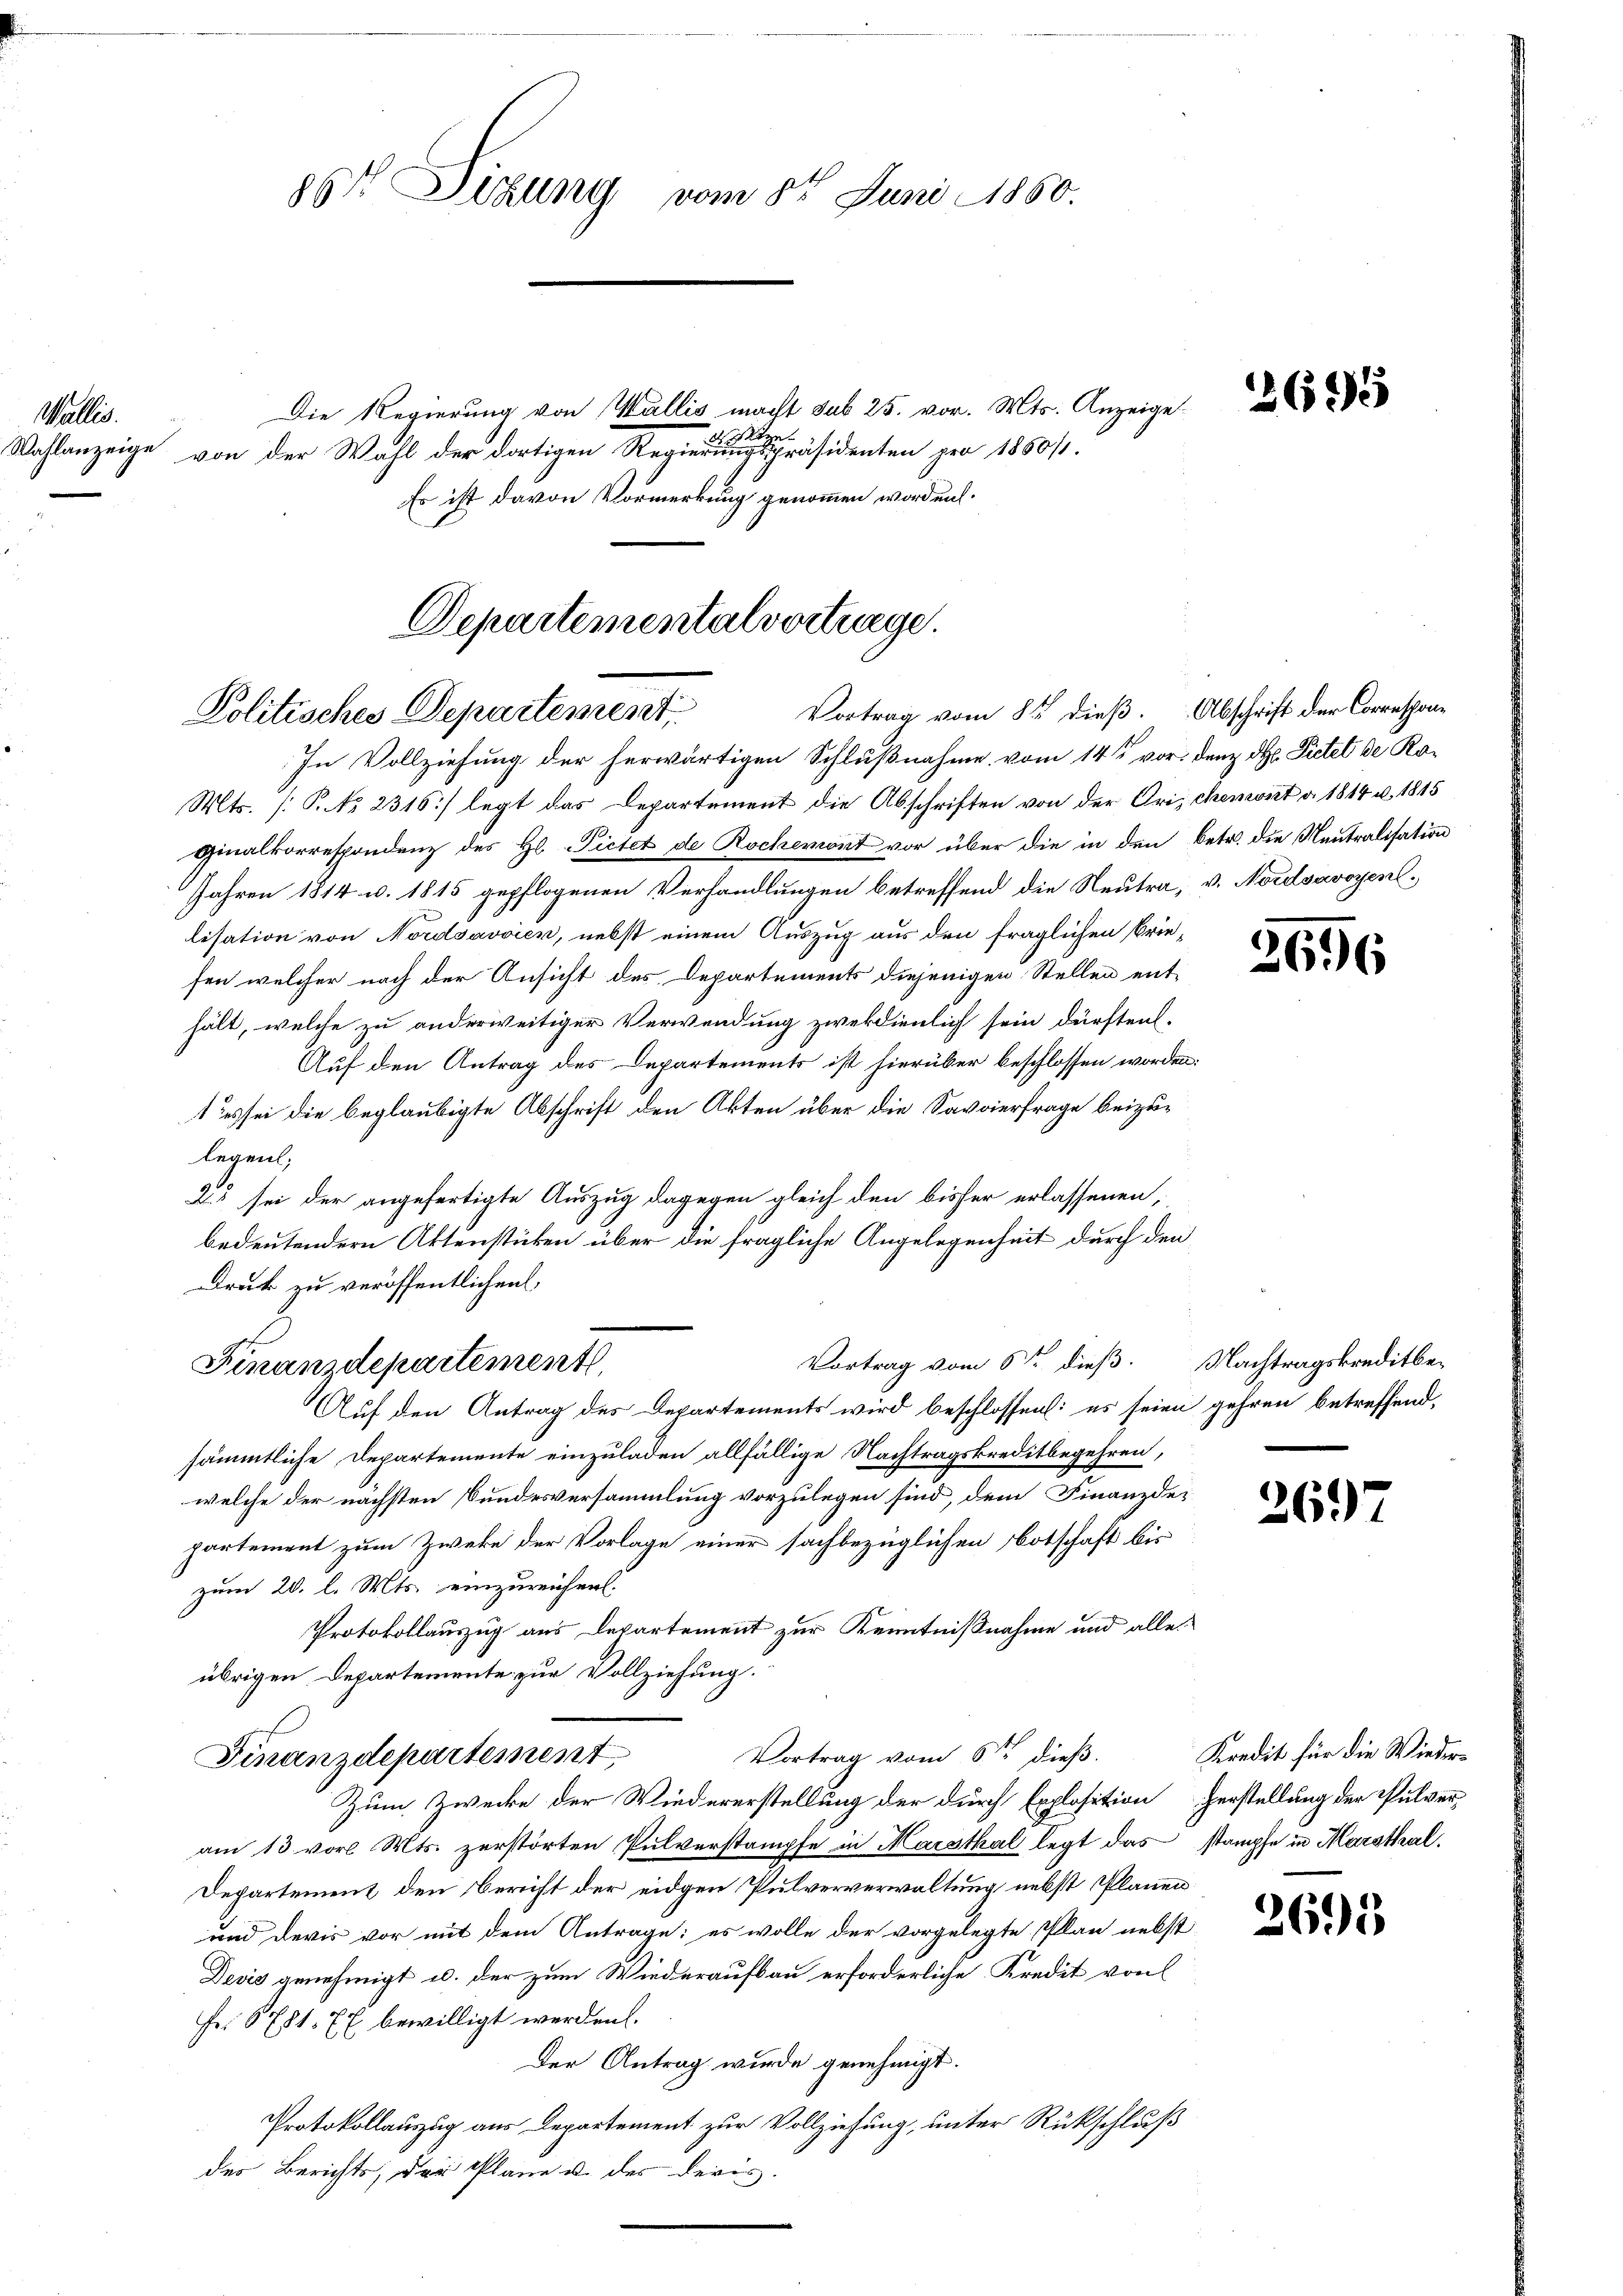
Mlle.

86t Sizung vom 8t Juni 1850.

Die Regierung von Wallis macht sub 25. vor. Mts. Anzeigeoze
Wahlanzeige von der Wahl der dortigen Regierungspräsidenten pro 1850/1.
Es ist davon Vormerkung genommen worden.

Vortrag vom 8ten dieß. Abschrift der Correspon¬
Politisches Departement

Departementalvortrage.

Finanzdepartement,

In Vollziehung der herwärtigen Schlußnahme vom 14ten vor den dh. Pietet de Ro¬
Mts. (: P. No 2316/ legt das Departement die Abschriften von der Orischemont d. 1814 u. 1815
Ginalkorrespondenz des Hl. Pietet de Rochemont vor über die in den Betr. die Neutralisation
Jahren 1814 v. 1815 gepflogenen Verhandlungen betreffend die Neutra, v. Nordsavoyent
lisation von Nordsavvien, nebst einem Auszug aus den fraglichen Briefen welcher nach der Ansicht des Departements diejenigen Stellen enthält, welche zu anderweitiger Verwendung zwekdienlich sein dürften.
Auf den Antrag des Departements ist hierüber beschlossen worden:
t es sei die beglaubigte Abschrift den Akten über die Savoierfrage beizulegen;
25 sei der angefertigte Auszug dagegen gleich den bisher erlassenen,
bedeutendern Aktenstücken über die fragliche Angelegenheit durch den
Druck zu veröffentlichen
Vortrag vom 6ten dieß. Nachtragskreditbe¬
Auf den Antrag des Departements wird beschlossen: es seien gehren betreffend,
sämmtliche Departemente einzuladen allfällige Nachtragskreditbegehren,
welche der nächsten Bundesversammlung vorzulegen sind, dem Finanzde-
partement zum Zweke der Vorlage einer sachbezüglichen Botschaft bis
zum 20. l. Mts. einzureichen.
Protokollauszug aus Departement zur Kenntnißnahme und alle
übrigen Departemente zur Vollziehung.
Vortrag vom 6ten dieß.
Finanzdepartement
Zum Zwecke der Wiedererstellung der durch Explosition Herstellung der Pulveram 13 vor. Mts. zerstörten Pulverstampfe in Marsthal legt das stampfe in Marsthal,
Departement den Bericht der eidgen Pulververwaltung nebst Plänen
und deris vor mit dem Antrage: es wolle der vorgelegte Plan nebst
Devis genehmigt u. der zum Wiederaufbau erforderliche Kredit von
Fr. 6781. 77 bewilligt werden.
Der Antrag wurde genehmigt.
Protokollauszug aus Departement zur Vollziehung, unter Rückschluß
des Berichts, die Plane u. des deris

2695

2696

26.)

Kredit für die Wieder¬

2695